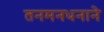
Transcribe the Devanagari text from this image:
तनमनधनाने